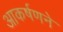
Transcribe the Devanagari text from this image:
आकर्षणने